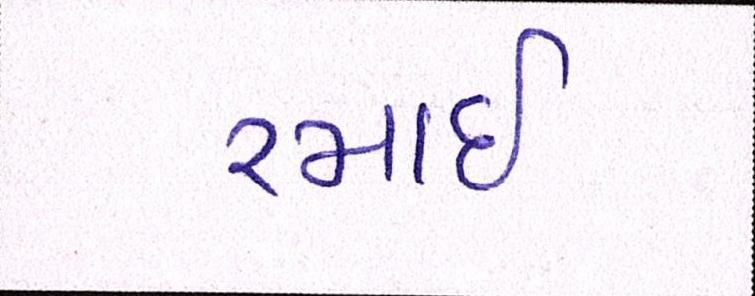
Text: રમાઈ